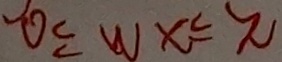
0 \leq w x \leq \pi